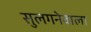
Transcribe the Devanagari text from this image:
सुलगनेवाला